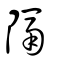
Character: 隔